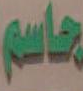
جاسم